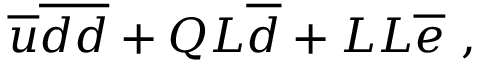
{ \overline { { u } } } { \overline { { d } } } { \overline { { d } } } + Q L { \overline { { d } } } + L L { \overline { { e } } } \ ,